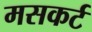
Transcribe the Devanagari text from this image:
मसकर्ट